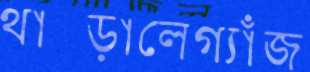
থাক্‌ড়ালেগ্যাঁজ